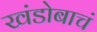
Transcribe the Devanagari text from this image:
खंडोबाचं